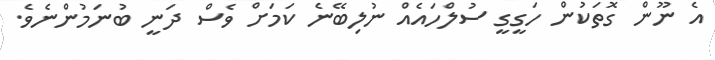
އެ ނޫން ގޮތަކުން ހަގީގީ ސުލްހައެއް ނުލިބޭނެ ކަމަށް ވެސް ދަނީ ބުނަމުންނެވެ.